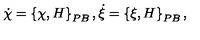
{ \dot { \chi } } = \left\{ \chi , H \right\} _ { P B } , { \dot { \xi } } = \left\{ \xi , H \right\} _ { P B } ,